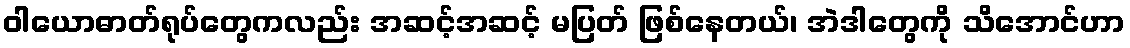
ဝါယောဓာတ်ရုပ်တွေကလည်း အဆင့်အဆင့် မပြတ် ဖြစ်နေတယ်၊ အဲဒါတွေကို သိအောင်ဟာ